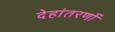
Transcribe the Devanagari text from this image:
देहांतरणों